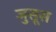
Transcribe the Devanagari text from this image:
जुसूस